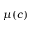
\mu ( c )